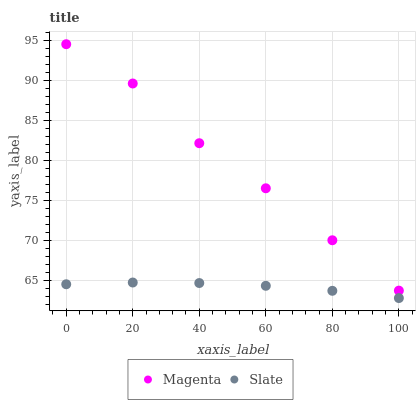
| xaxis_label | Magenta | Slate |
 | --- | --- | --- |
 | 0 | 94.5 | 64.6 |
 | 20 | 89.6 | 64.8 |
 | 40 | 82.2 | 64.7 |
 | 60 | 76.5 | 64.4 |
 | 80 | 70.1 | 63.8 |
 | 100 | 63.8 | 62.9 |